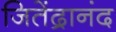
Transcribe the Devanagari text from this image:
जितेंद्रानंद